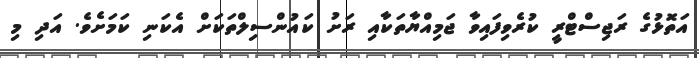
އަތޮޅުގެ ރަޖިސްޓްރީ ކުރެވިފައިވާ ޖަމިއްޔާތަކާއި ރަށު ކައުންސިލްތަކަށް އެކަނި ކަމަށެވެ. އަދި މި